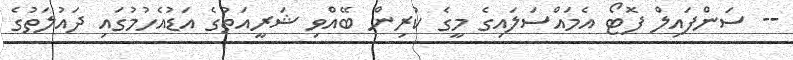
-- ސަންފައިލް ފޮޓޯ އެމައްސަލައިގެ މީގެ ކުރިން ބޭއްވި ޝަރީއަތުގެ އަޑުއެހުމުގައި ދައުލަތުގެ